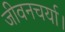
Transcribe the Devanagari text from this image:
जीवनचर्या।